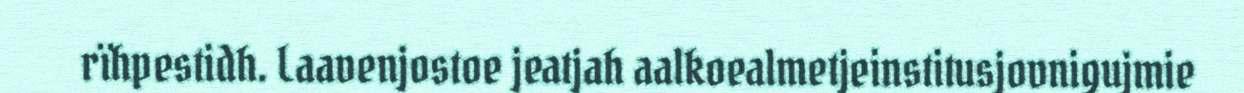
rïhpestidh. Laavenjostoe jeatjah aalkoealmetjeinstitusjovnigujmie